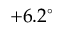
+ 6 . 2 ^ { \circ }